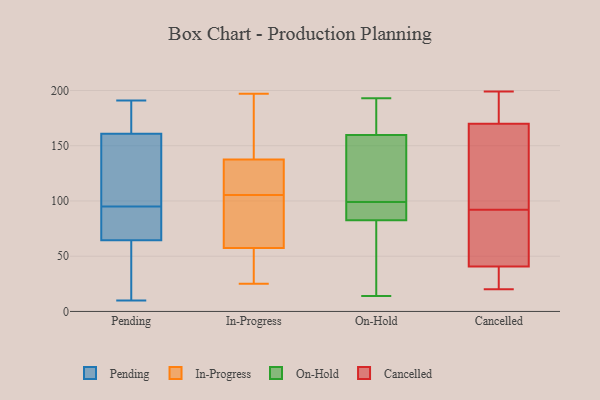
{"axis": {"x": "Tickets Resolved", "y": "Value"}, "legend": ["Cancelled", "In-Progress", "On-Hold", "Pending"], "data": [{"x": "", "y": 127, "type": "Pending"}, {"x": "", "y": 23, "type": "Pending"}, {"x": "", "y": 64, "type": "Pending"}, {"x": "", "y": 191, "type": "Pending"}, {"x": "", "y": 66, "type": "Pending"}, {"x": "", "y": 95, "type": "Pending"}, {"x": "", "y": 154, "type": "Pending"}, {"x": "", "y": 71, "type": "Pending"}, {"x": "", "y": 163, "type": "Pending"}, {"x": "", "y": 10, "type": "Pending"}, {"x": "", "y": 189, "type": "Pending"}, {"x": "", "y": 61, "type": "In-Progress"}, {"x": "", "y": 82, "type": "In-Progress"}, {"x": "", "y": 25, "type": "In-Progress"}, {"x": "", "y": 159, "type": "In-Progress"}, {"x": "", "y": 61, "type": "In-Progress"}, {"x": "", "y": 56, "type": "In-Progress"}, {"x": "", "y": 147, "type": "In-Progress"}, {"x": "", "y": 28, "type": "In-Progress"}, {"x": "", "y": 57, "type": "In-Progress"}, {"x": "", "y": 128, "type": "In-Progress"}, {"x": "", "y": 121, "type": "In-Progress"}, {"x": "", "y": 99, "type": "In-Progress"}, {"x": "", "y": 36, "type": "In-Progress"}, {"x": "", "y": 197, "type": "In-Progress"}, {"x": "", "y": 180, "type": "In-Progress"}, {"x": "", "y": 124, "type": "In-Progress"}, {"x": "", "y": 58, "type": "In-Progress"}, {"x": "", "y": 155, "type": "In-Progress"}, {"x": "", "y": 114, "type": "In-Progress"}, {"x": "", "y": 112, "type": "In-Progress"}, {"x": "", "y": 191, "type": "On-Hold"}, {"x": "", "y": 165, "type": "On-Hold"}, {"x": "", "y": 144, "type": "On-Hold"}, {"x": "", "y": 191, "type": "On-Hold"}, {"x": "", "y": 80, "type": "On-Hold"}, {"x": "", "y": 14, "type": "On-Hold"}, {"x": "", "y": 84, "type": "On-Hold"}, {"x": "", "y": 95, "type": "On-Hold"}, {"x": "", "y": 26, "type": "On-Hold"}, {"x": "", "y": 175, "type": "On-Hold"}, {"x": "", "y": 115, "type": "On-Hold"}, {"x": "", "y": 140, "type": "On-Hold"}, {"x": "", "y": 82, "type": "On-Hold"}, {"x": "", "y": 88, "type": "On-Hold"}, {"x": "", "y": 87, "type": "On-Hold"}, {"x": "", "y": 132, "type": "On-Hold"}, {"x": "", "y": 193, "type": "On-Hold"}, {"x": "", "y": 52, "type": "On-Hold"}, {"x": "", "y": 99, "type": "On-Hold"}, {"x": "", "y": 199, "type": "Cancelled"}, {"x": "", "y": 182, "type": "Cancelled"}, {"x": "", "y": 39, "type": "Cancelled"}, {"x": "", "y": 180, "type": "Cancelled"}, {"x": "", "y": 112, "type": "Cancelled"}, {"x": "", "y": 92, "type": "Cancelled"}, {"x": "", "y": 179, "type": "Cancelled"}, {"x": "", "y": 20, "type": "Cancelled"}, {"x": "", "y": 28, "type": "Cancelled"}, {"x": "", "y": 123, "type": "Cancelled"}, {"x": "", "y": 143, "type": "Cancelled"}, {"x": "", "y": 46, "type": "Cancelled"}, {"x": "", "y": 80, "type": "Cancelled"}, {"x": "", "y": 65, "type": "Cancelled"}, {"x": "", "y": 35, "type": "Cancelled"}]}